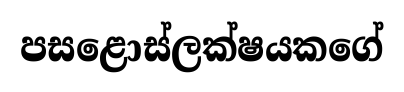
පසළොස්ලක්ෂයකගේ